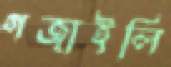
গজাইলি